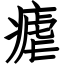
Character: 瘧